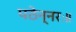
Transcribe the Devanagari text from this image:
पठेन्नरः॥